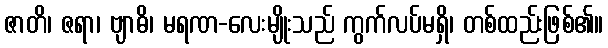
ဇာတိ၊ ဇရာ၊ ဗျာဓိ၊ မရဏ-လေးမျိုးသည် ကွက်လပ်မရှိ၊ တစ်ထည်းဖြစ်၏။